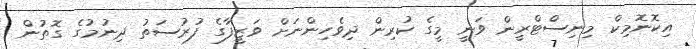
އިކޮނޮމިކް މިނިސްޓްރީން ވަނީ މީގެ ކުރިން ދިވެހިންނަށް ވަޒީފާގެ ފުރުސަތު ދިނުމުގެ ގޮތުން